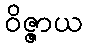
ဝိဇ္ဇာယ